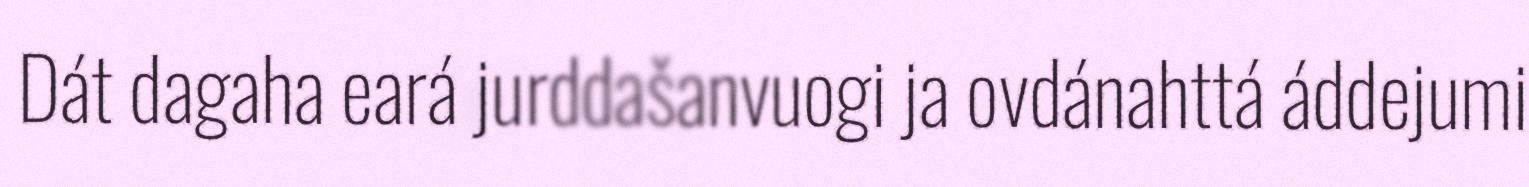
Dát dagaha eará jurddašanvuogi ja ovdánahttá áddejumi